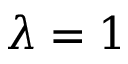
\lambda = 1